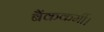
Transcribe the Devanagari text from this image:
बैंककर्मी।